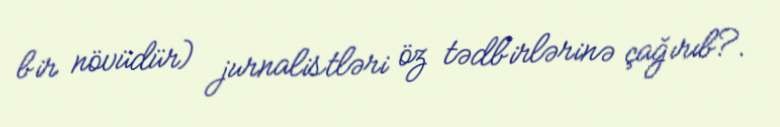
bir növüdür) jurnalistləri öz tədbirlərinə çağırıb?.